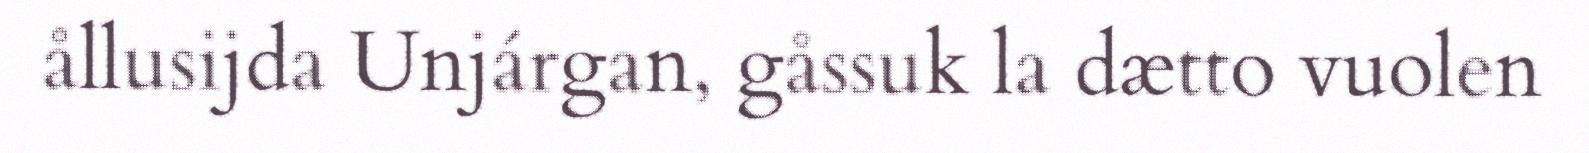
ållusijda Unjárgan, gåssuk la dætto vuolen